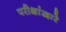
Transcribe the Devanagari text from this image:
परीक्षांद्वारे